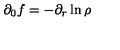
\partial _ { 0 } f = - \partial _ { r } \ln \rho